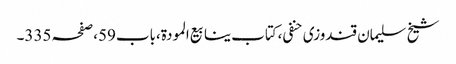
شیخ سلیمان قندوزی حنفی،کتاب ینابیع المودة،باب59،صفحہ335۔